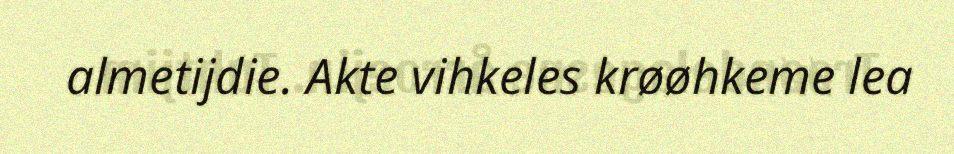
almetijdie. Akte vihkeles krøøhkeme lea